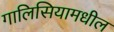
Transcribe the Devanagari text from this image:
गालिसियामधील